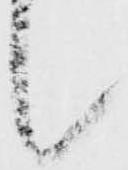
候